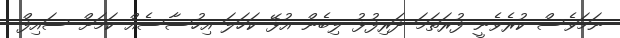
ނަމަވެސް ކުރެވެނީ ފުރަތަމަ ދަރިފުޅު ލިބެން އުޅޭ ކަހަލަ އިހުސާސެއް ކަމަށް ސައިފް